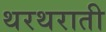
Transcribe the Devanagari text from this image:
थरथराती